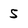
Character: 5